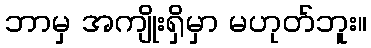
ဘာမှ အကျိုးရှိမှာ မဟုတ်ဘူး။